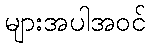
များအပါအဝင်